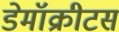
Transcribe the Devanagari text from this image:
डेमॉक्रीटस